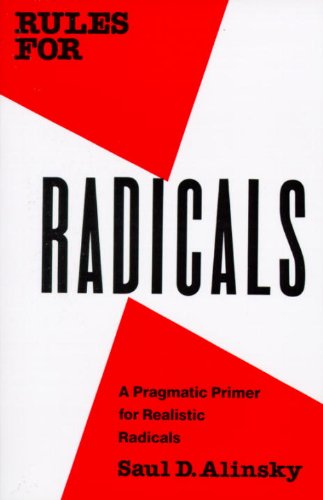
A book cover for Rules for Radicals: A Practical Primer for Realistic Radicals; Saul D. Alinsky; Politics & Social Sciences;